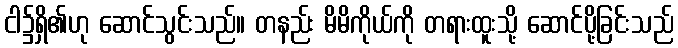
ငါ၌ရှိ၏ဟု ဆောင်သွင်းသည်။ တနည်း မိမိကိုယ်ကို တရားထူးသို့ ဆောင်ပို့ခြင်းသည်